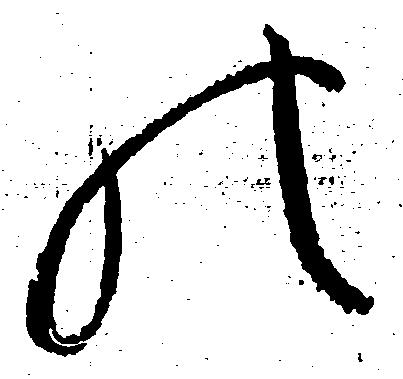
の